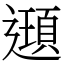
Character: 𨘀